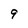
Character: 9